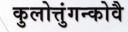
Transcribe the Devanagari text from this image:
कुलोत्तुंगन्कोवै